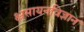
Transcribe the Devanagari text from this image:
क्ष्रसायनविज्ञान